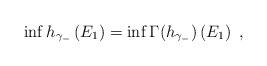
LaTeX: \begin{align*}\inf h_{\gamma _{-}}\left( E_{1}\right) =\inf \Gamma (h_{\gamma _{-}})\left(E_{1}\right) \ , \end{align*}